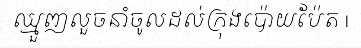
ឈ្មួញលួចនាំចូលដល់ក្រុងប៉ោយប៉ែត |